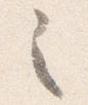
之